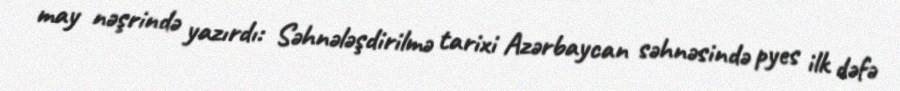
may nəşrində yazırdı: Səhnələşdirilmə tarixi Azərbaycan səhnəsində pyes ilk dəfə